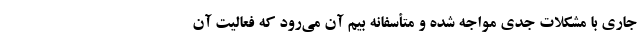
جاری با مشکلات جدی مواجه شده و متأسفانه بیم آن می‌رود که فعالیت آن